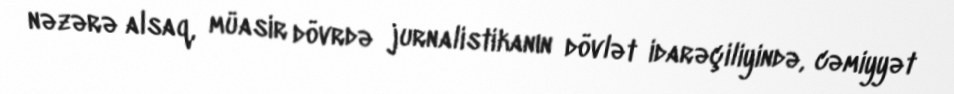
nəzərə alsaq, müasir dövrdə jurnalistikanın dövlət idarəçiliyində, cəmiyyət